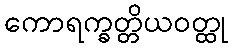
ကောရက္ခတ္တိယဝတ္ထု